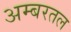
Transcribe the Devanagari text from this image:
अम्बरतल